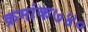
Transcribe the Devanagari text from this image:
क्रमांक७४०